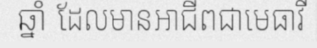
ឆ្នាំ ដែលមានអាជីពជាមេធាវី